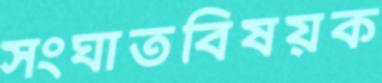
সংঘাতবিষয়ক